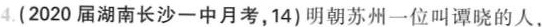
4.(2020 届湖南长沙一中月考，14)明朝苏州一位叫谭晓的人，